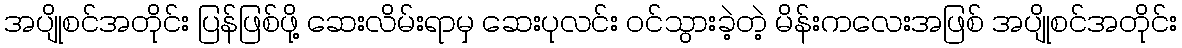
အပျိုစင်အတိုင်း ပြန်ဖြစ်ဖို့ ဆေးလိမ်းရာမှ ဆေးပုလင်း ဝင်သွားခဲ့တဲ့ မိန်းကလေးအဖြစ် အပျိုစင်အတိုင်း